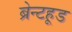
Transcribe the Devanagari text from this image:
ब्रेन्टहूड